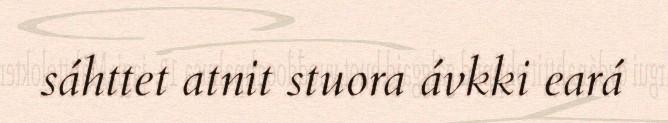
sáhttet atnit stuora ávkki eará